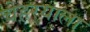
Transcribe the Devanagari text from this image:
चेहर्‍याला